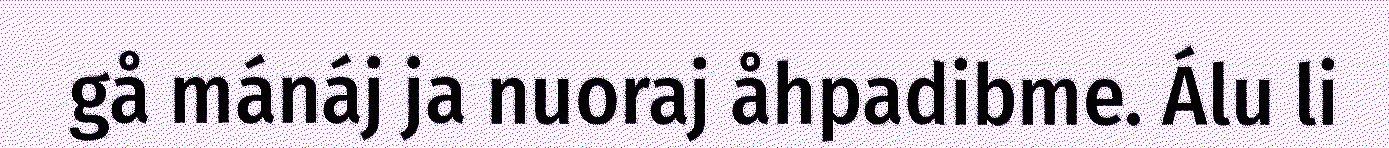
gå mánáj ja nuoraj åhpadibme. Álu li